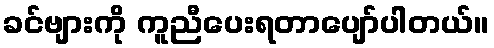
ခင်ဗျားကို ကူညီပေးရတာပျော်ပါတယ်။